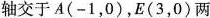
轴交于A(-1，0)，E(3，0)两